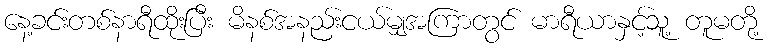
နေ့ခင်းတစ်နာရီထိုးပြီး မိနစ်အနည်းငယ်မျှအကြာတွင် မာရီယာနှင့်သူ့ တူမတို့